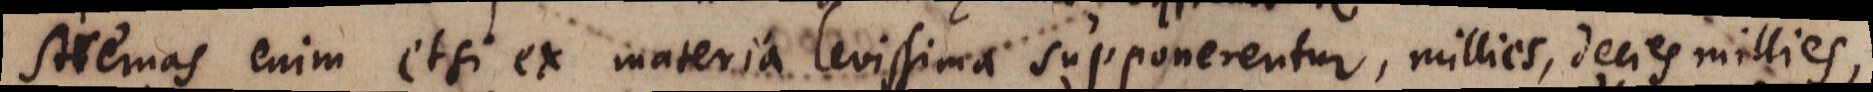
stremas enim etsi ex materia levissima supponerentur, millies, decies millies,